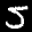
Label: 5